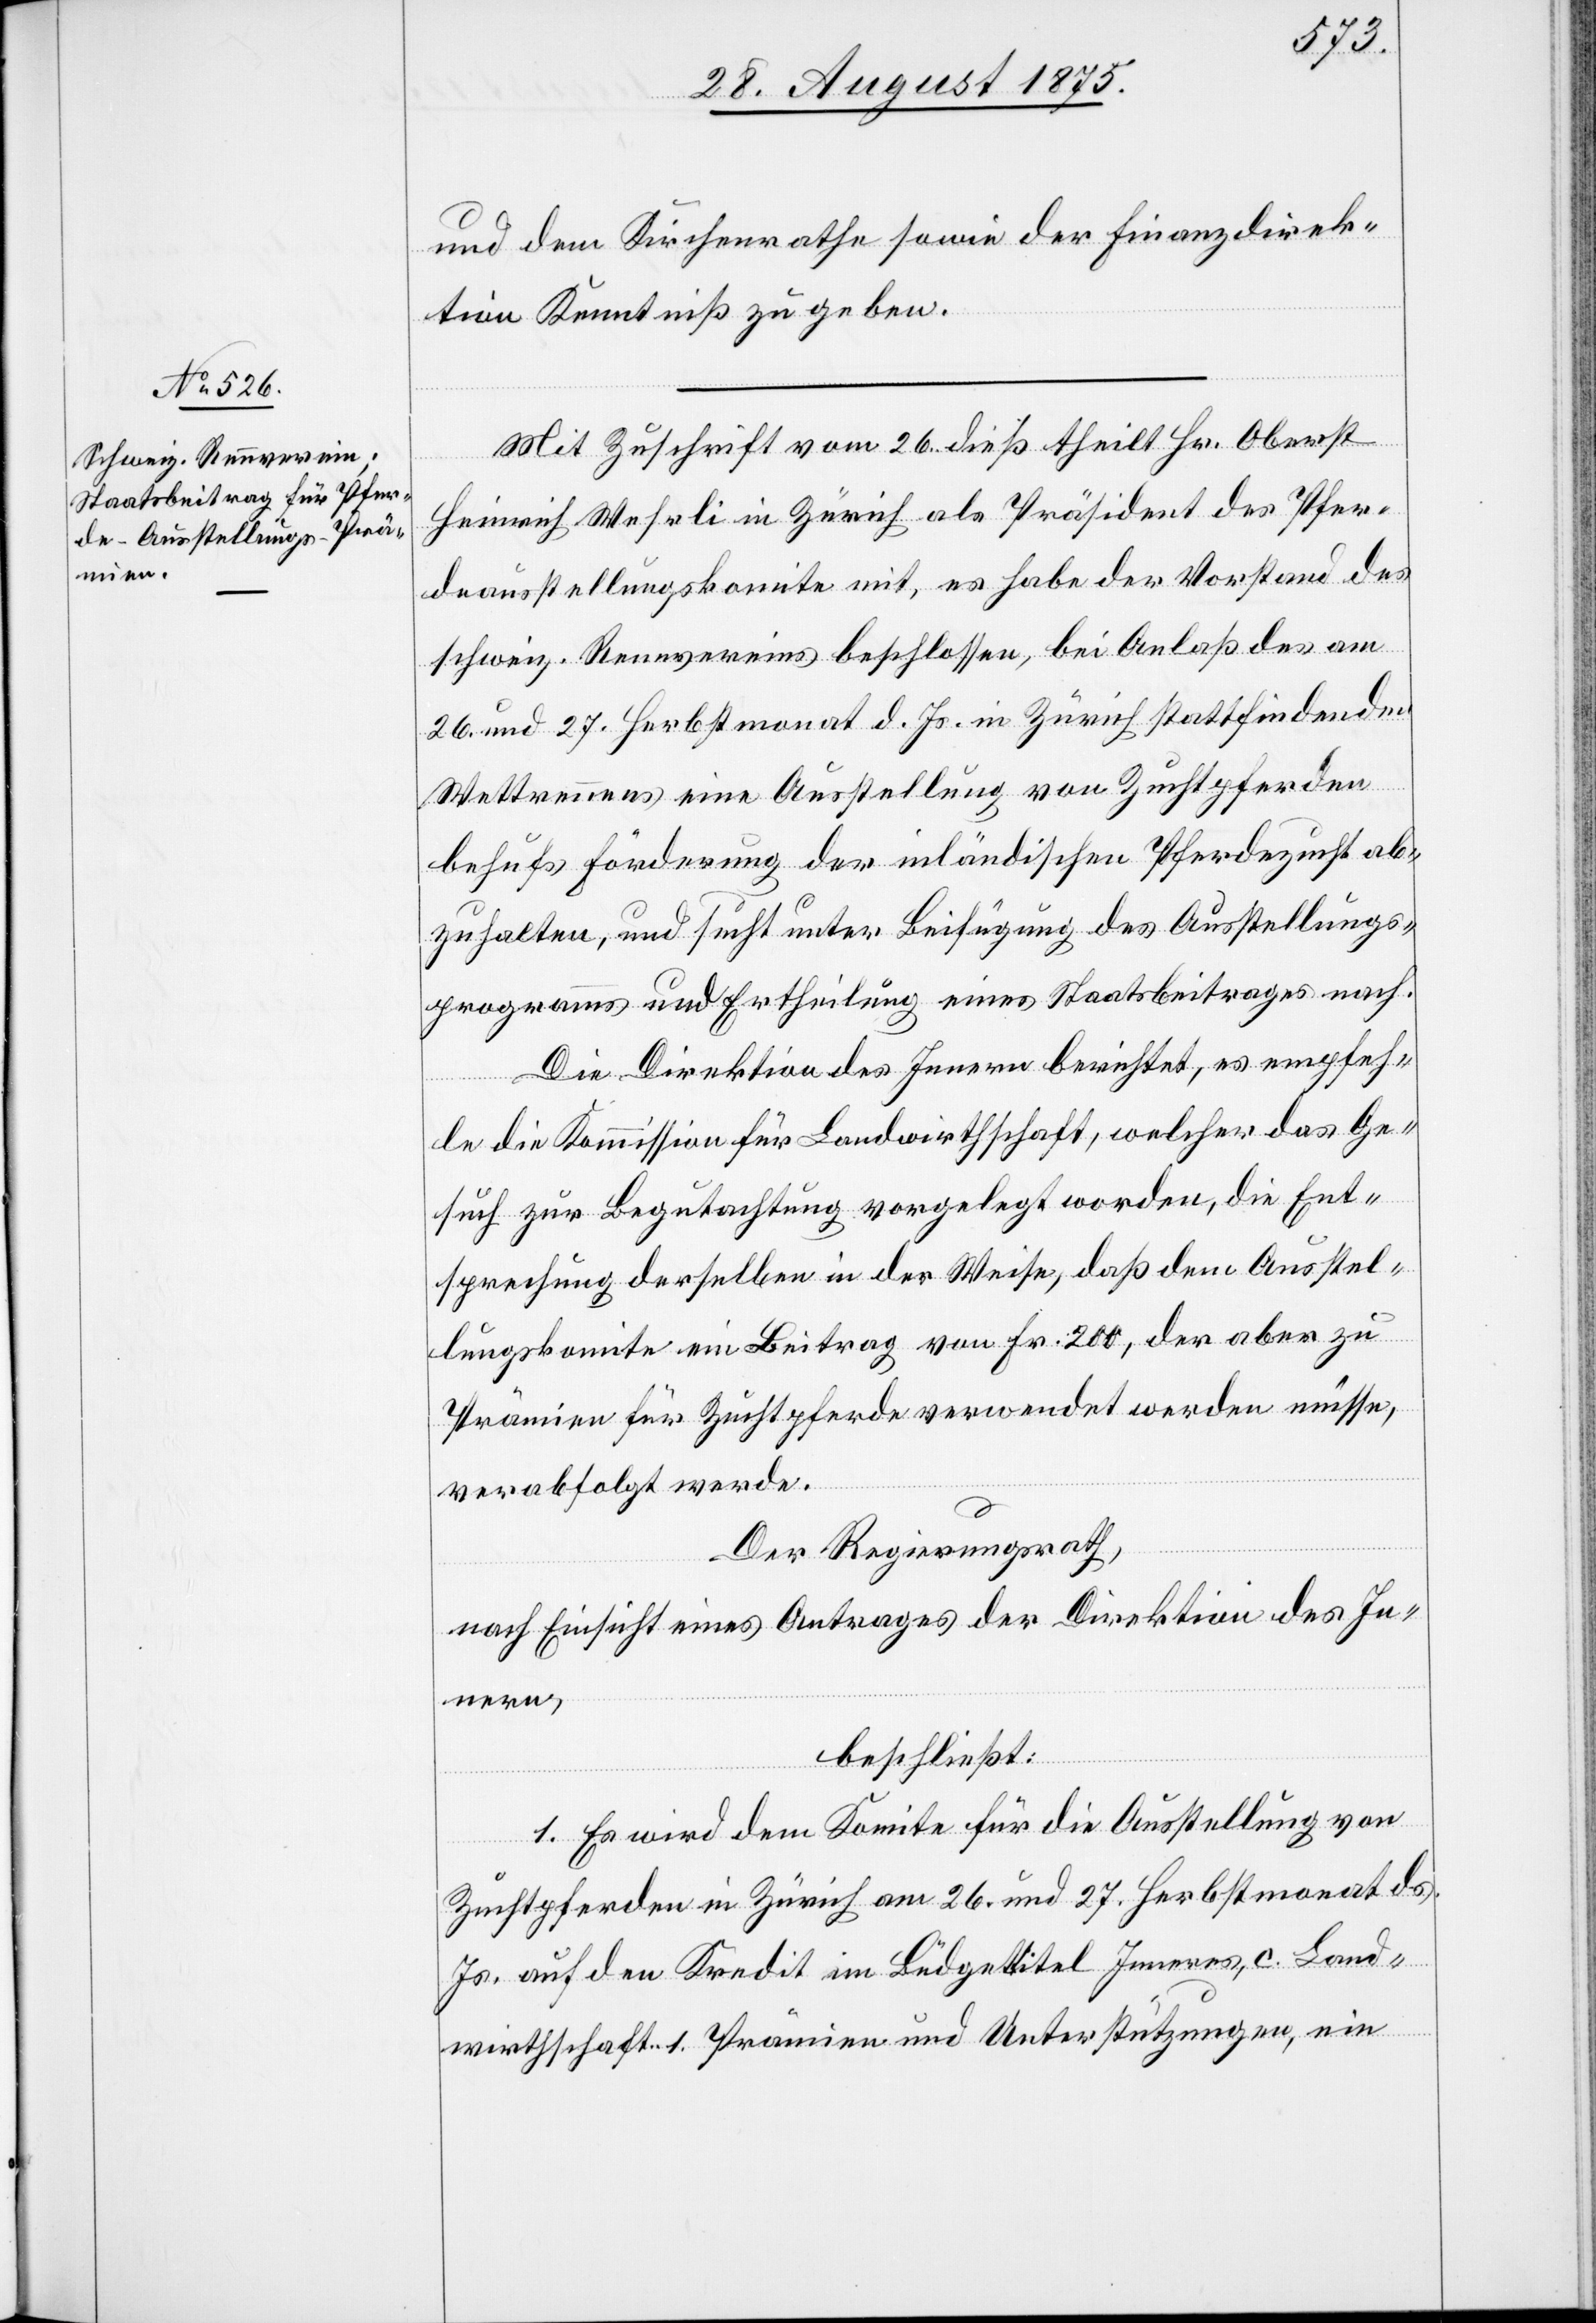
und dem Kirchenrathe sowie der Finanzdirek¬
tion Kenntniß zu geben.
Mit Zuschrift vom 26. dieß theilt Hr. Oberst
Heinrich Wehrli in Zürich als Präsident des Pfer¬
deausstellungskomite mit, es habe der Vorstand des
schweiz. Rennvereins beschlossen, bei Anlaß des am
26. und 27. Herbstmonat d. Js. in Zürich stattfindenden
Wettrennens eine Ausstellung von Zuchtpferden
behufs Förderung der inländischen Pferdezucht ab¬
zuhalten, und sucht unter Beifügung des Ausstellungs¬
programms und [sic!] Ertheilung eines Staatsbeitrages nach.
Die Direktion des Innern berichtet, es empfeh¬
le die Kommission für Landwirthschaft, welcher das Ge¬
such zur Begutachtung vorgelegt worden, die Ent¬
sprechung derselben in der Weise, daß dem Ausstel¬
lungskomite ein Beitrag von Fr. 200, der aber zu
Prämien für Zuchtpferde verwendet werden müsse,
verabfolgt werde.
Der Regierungsrath,
nach Einsicht eines Antrages der Direktion des In¬
nern,
beschließt:
1. Es wird dem Komitee für die Ausstellung von
Zuchtpferden in Zürich am 26. und 27. Herbstmonat ds.
Js. auf den Kredit im Büdgettitel Inneres, c. Land¬
wirthschaft 1. Prämien und Unterstützungen, ein